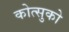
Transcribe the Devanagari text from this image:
कोत्सुको